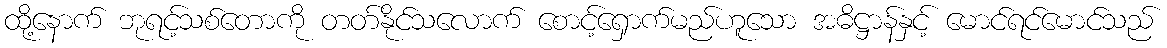
ထို့နောက် ဘုရင့်သစ်တောကို တတ်နိုင်သလောက် စောင့်ရှောက်မည်ဟူသော အဓိဋ္ဌာန်နှင့် မောင်ရင်မောင်သည်